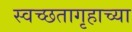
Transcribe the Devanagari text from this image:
स्वच्छतागृहाच्या